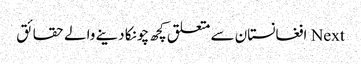
Next افغانستان سے متعلق کچھ چونکا دینے والے حقائق